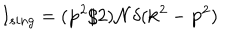
I _ { s i n g } = ( { \bf p } ^ { 2 } / 2 ) { \cal N } \delta ( { \bf k } ^ { 2 } - { \bf p } ^ { 2 } )